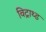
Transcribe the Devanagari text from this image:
विट्राथ्ड